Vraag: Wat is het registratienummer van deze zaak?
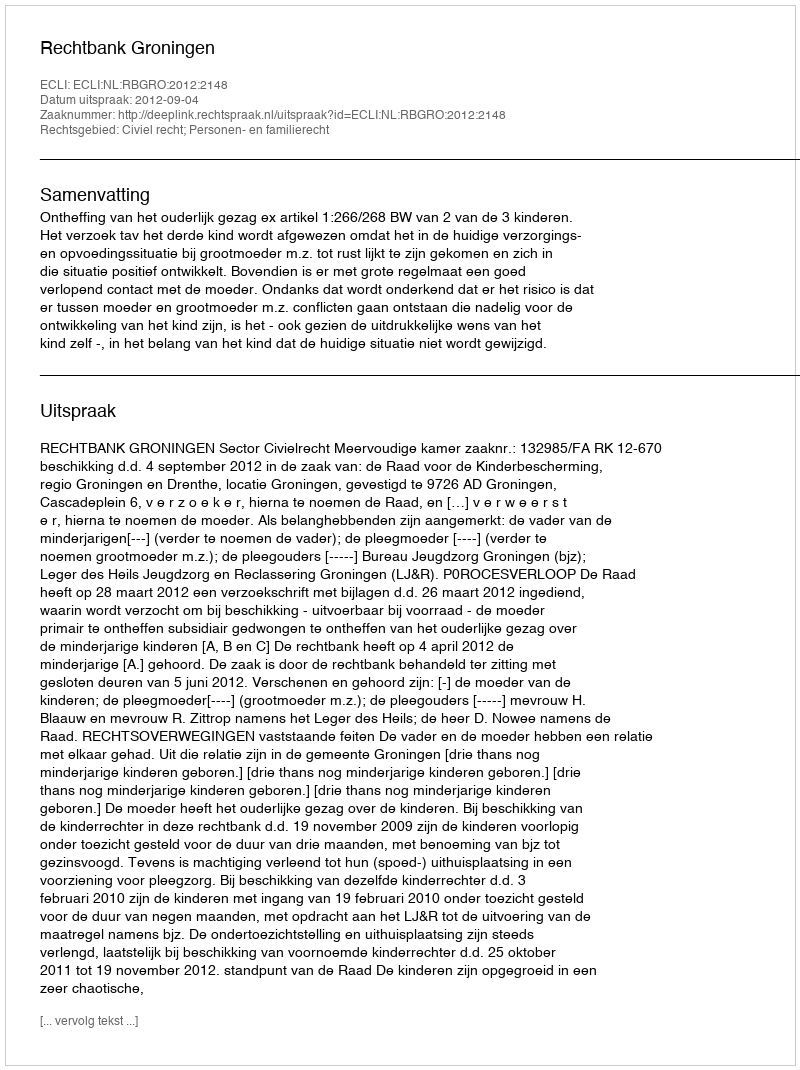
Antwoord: http://deeplink.rechtspraak.nl/uitspraak?id=ECLI:NL:RBGRO:2012:2148